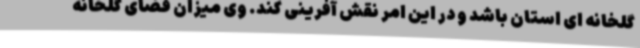
گلخانه ای استان باشد و در این امر نقش آفرینی کند. وی میزان فضای گلخانه